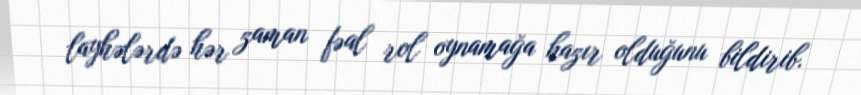
layhələrdə hər zaman fəal rol oynamağa hazır olduğunu bildirib.